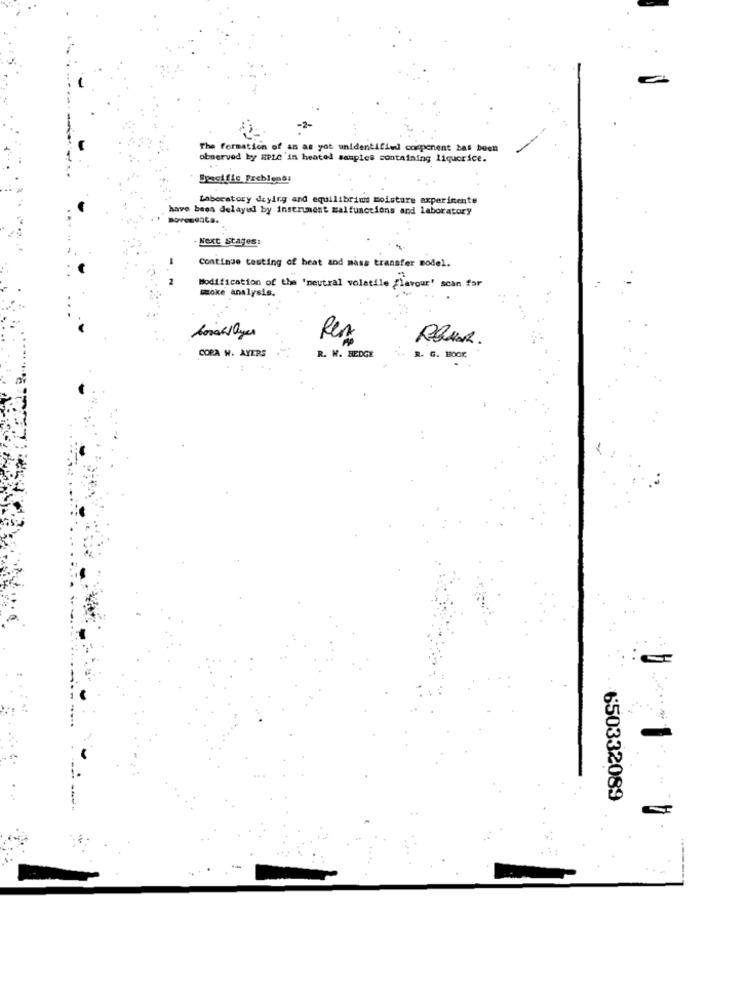
The formation of an as yot unidentified component bas been
observed by HPLC'in heated samples containing liquorice.
Laboratory daying and equilibrims moisture experimente
have been delayil by instrument malfunctions and laboratory
Boveseata.
Next stages:
Continue testing of heat and mass transfer model.
Modification of the 'neutral volatile Flavour' scan for
moke analysis.
boschlayer
COPA W. AYERS
R. W. HEDGE
R. G. BOOK
650332089